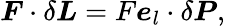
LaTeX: \boldsymbol{F}\cdot\delta\boldsymbol{L}=F\boldsymbol{e}_{l}\cdot\delta\boldsymbol{P},